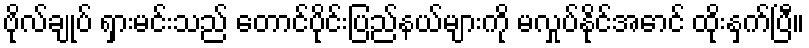
ဗိုလ်ချုပ် ရှားမင်းသည် တောင်ပိုင်းပြည်နယ်များကို မလှုပ်နိုင်အောင် ထိုးနှက်ပြီ။